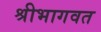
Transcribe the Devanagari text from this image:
श्रीभागवत